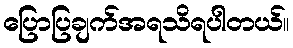
ပြောပြချက်အရသိရပါတယ်။